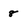
Character: 8